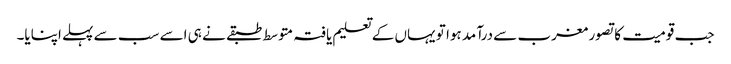
جب قومیت کا تصور مغرب سے درآمد ہوا تو یہاں کے تعلیم یافتہ متوسط طبقے نے ہی اسے سب سے پہلے اپنایا۔